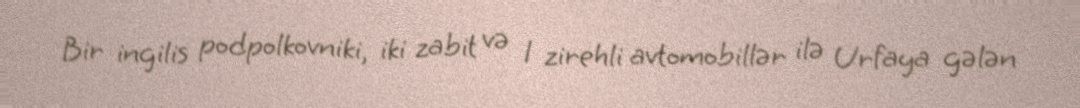
Bir ingilis podpolkovniki, iki zabit və 1 zirehli avtomobillər ilə Urfaya gələn